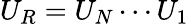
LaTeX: U_{R}=U_{N}\cdots U_{1}